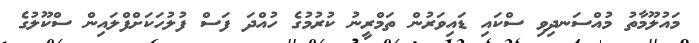
މައުލޫމާތު މުއްސަނދިވި ސްކައި ޑައިވަރުން ތަމްރީނު ކުރުމުގެ ހުއްދަ ފަސް ފުލުހަކަށްފްލައިން ސްކޫލުގެ